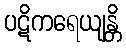
ပဋိကရေယျန္တိ